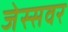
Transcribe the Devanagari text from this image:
जेस्सवर